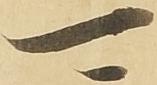
可